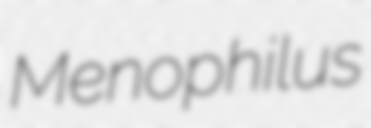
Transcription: Menophilus